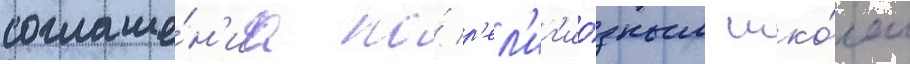
соглаше́н'иа по́ р'ел'иг'ио́зным шко́лам